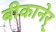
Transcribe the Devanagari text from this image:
बीकानेर्